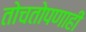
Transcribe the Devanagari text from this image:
तोचतोपणाही